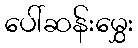
ပေါ်ဆန်းမွှေး